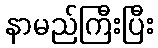
နာမည်ကြီးပြီး